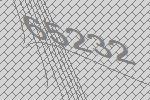
65232